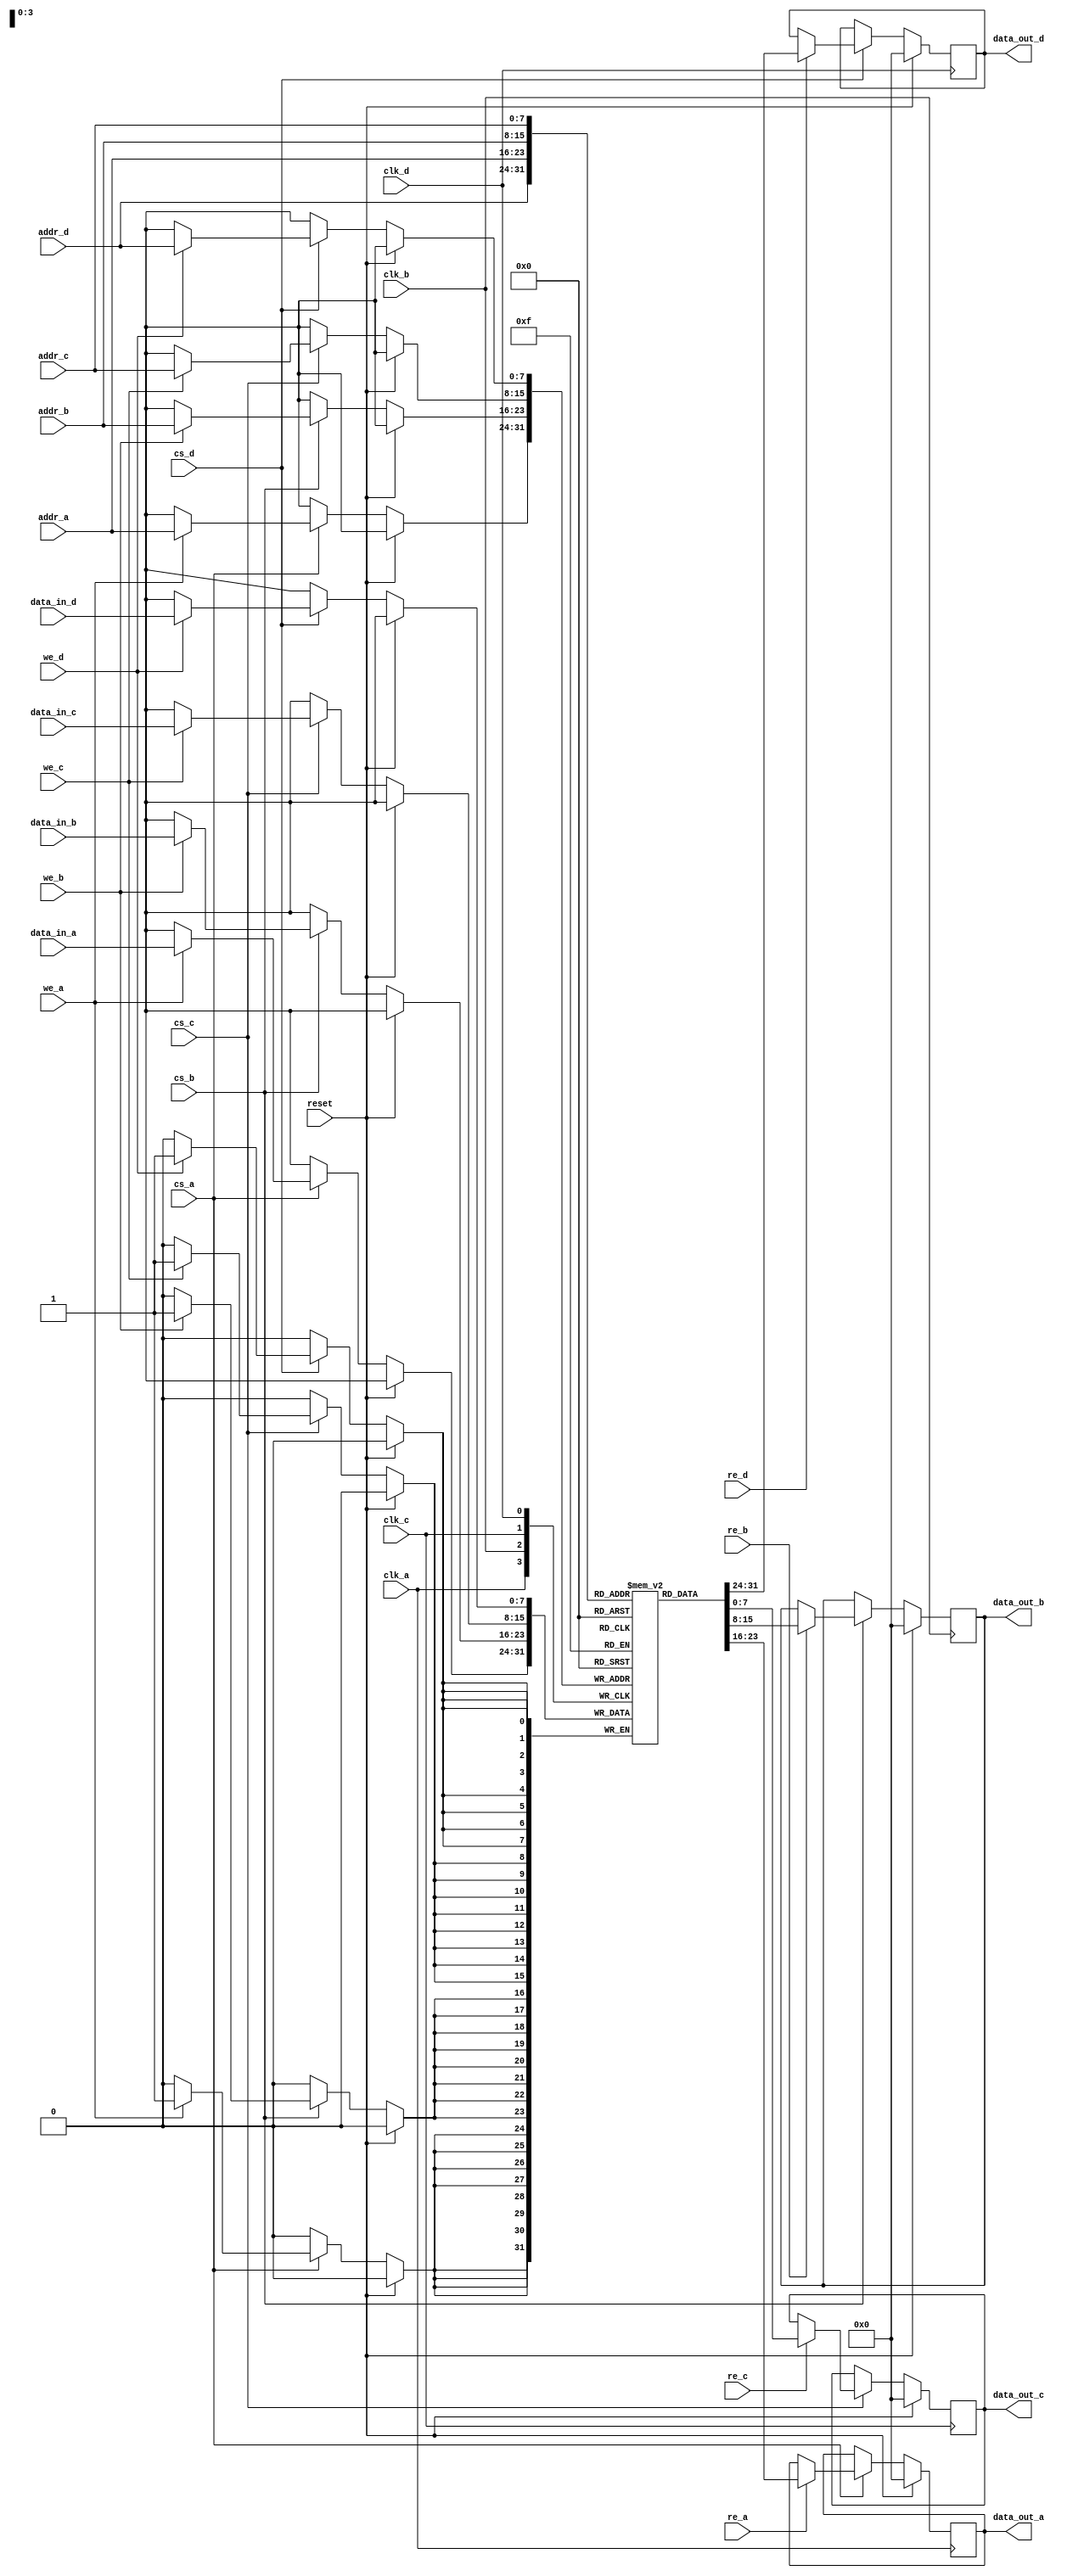
module quad_port_sram #(
    parameter DATA_WIDTH = 8,  // Data width for each port (8, 16, 32, etc.)
    parameter ADDR_WIDTH = 8,   // Address width (number of addressable bytes)
    parameter MEMORY_DEPTH = 256 // Number of memory locations
) (
    // Port A
    input  wire                  clk_a,
    input  wire [ADDR_WIDTH-1:0] addr_a,
    input  wire [DATA_WIDTH-1:0] data_in_a,
    output reg  [DATA_WIDTH-1:0] data_out_a,
    input  wire                  we_a,
    input  wire                  re_a,
    input  wire                  cs_a,

    // Port B
    input  wire                  clk_b,
    input  wire [ADDR_WIDTH-1:0] addr_b,
    input  wire [DATA_WIDTH-1:0] data_in_b,
    output reg  [DATA_WIDTH-1:0] data_out_b,
    input  wire                  we_b,
    input  wire                  re_b,
    input  wire                  cs_b,

    // Port C
    input  wire                  clk_c,
    input  wire [ADDR_WIDTH-1:0] addr_c,
    input  wire [DATA_WIDTH-1:0] data_in_c,
    output reg  [DATA_WIDTH-1:0] data_out_c,
    input  wire                  we_c,
    input  wire                  re_c,
    input  wire                  cs_c,

    // Port D
    input  wire                  clk_d,
    input  wire [ADDR_WIDTH-1:0] addr_d,
    input  wire [DATA_WIDTH-1:0] data_in_d,
    output reg  [DATA_WIDTH-1:0] data_out_d,
    input  wire                  we_d,
    input  wire                  re_d,
    input  wire                  cs_d,

    input  wire                  reset // Reset signal for initialization
);

    // Memory array declaration
    reg [DATA_WIDTH-1:0] memory_array [0:MEMORY_DEPTH-1];

    // Port A operations
    always @(posedge clk_a) begin
        if (reset) begin
            // Initialize memory during reset if required
            data_out_a <= 0;  // Reset output
        end else if (cs_a) begin
            if (we_a) begin
                memory_array[addr_a] <= data_in_a; // Write operation
            end
            if (re_a) begin
                data_out_a <= memory_array[addr_a]; // Read operation
            end
        end
    end

    // Port B operations
    always @(posedge clk_b) begin
        if (reset) begin
            data_out_b <= 0;  // Reset output
        end else if (cs_b) begin
            if (we_b) begin
                memory_array[addr_b] <= data_in_b; // Write operation
            end
            if (re_b) begin
                data_out_b <= memory_array[addr_b]; // Read operation
            end
        end
    end

    // Port C operations
    always @(posedge clk_c) begin
        if (reset) begin
            data_out_c <= 0;  // Reset output
        end else if (cs_c) begin
            if (we_c) begin
                memory_array[addr_c] <= data_in_c; // Write operation
            end
            if (re_c) begin
                data_out_c <= memory_array[addr_c]; // Read operation
            end
        end
    end

    // Port D operations
    always @(posedge clk_d) begin
        if (reset) begin
            data_out_d <= 0;  // Reset output
        end else if (cs_d) begin
            if (we_d) begin
                memory_array[addr_d] <= data_in_d; // Write operation
            end
            if (re_d) begin
                data_out_d <= memory_array[addr_d]; // Read operation
            end
        end
    end

endmodule